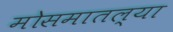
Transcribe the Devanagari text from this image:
मोसमातल्या